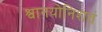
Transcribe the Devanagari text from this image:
श्वानयोनिशतं